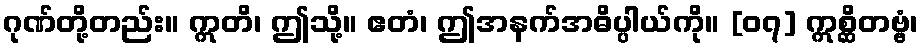
ဂုဏ်တို့တည်း။ ဣတိ၊ ဤသို့။ ဧတံ၊ ဤအနက်အဓိပ္ပါယ်ကို။ [၀၇] ဣစ္ဆိတဗ္ဗံ၊